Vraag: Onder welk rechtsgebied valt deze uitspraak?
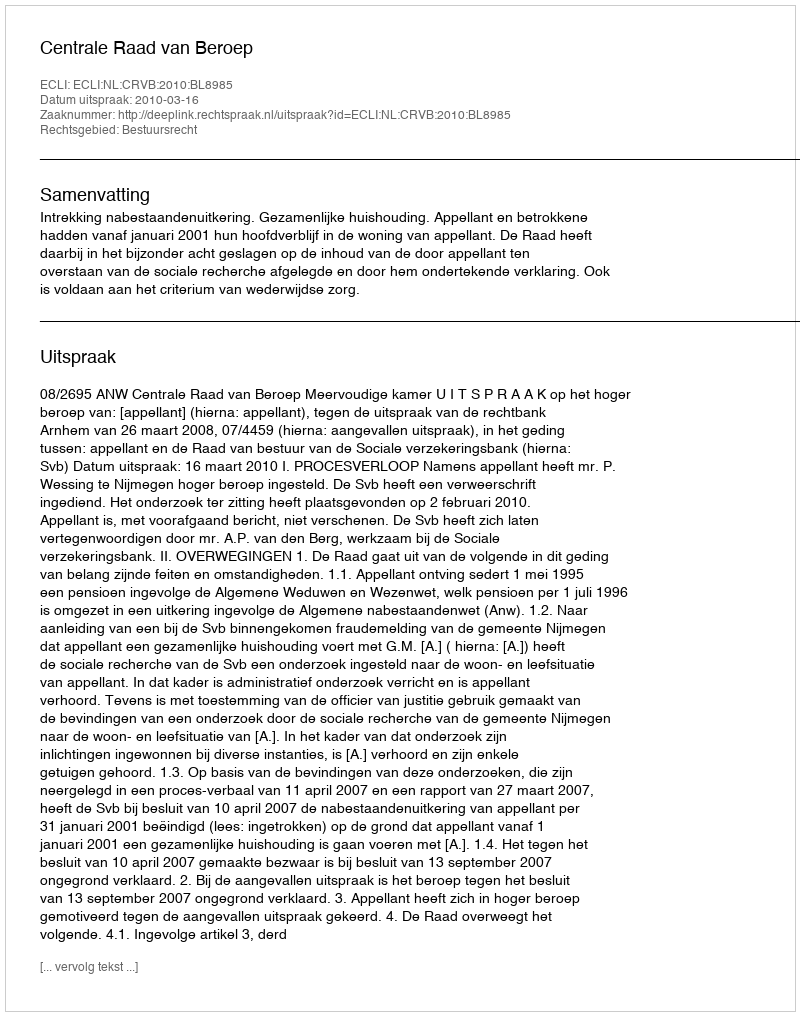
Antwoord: Bestuursrecht